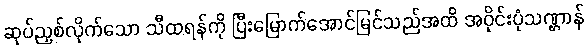
ဆုပ်ညှစ်လိုက်သော သီထရန်ကို ပြီးမြောက်အောင်မြင်သည်အထိ အဝိုင်းပုံသဏ္ဌာန်